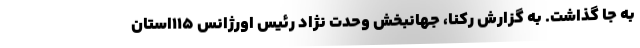
به جا گذاشت. به گزارش رکنا، جهانبخش وحدت نژاد رئیس اورژانس ۱۱۵استان